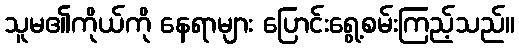
သူမ၏ကိုယ်ကို နေရာများ ပြောင်းရွေ့စမ်းကြည့်သည်။